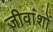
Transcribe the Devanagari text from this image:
जीवांशों